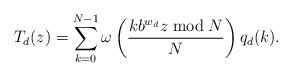
LaTeX: \begin{align*}T_d(z)&=\sum_{k=0}^{N-1} \omega\left( \frac{k b^{w_d} z \bmod N}{N} \right) q_d(k).\end{align*}